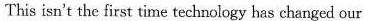
This isn't the first time technology has changed our